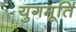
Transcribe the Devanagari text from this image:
युगमूर्ति